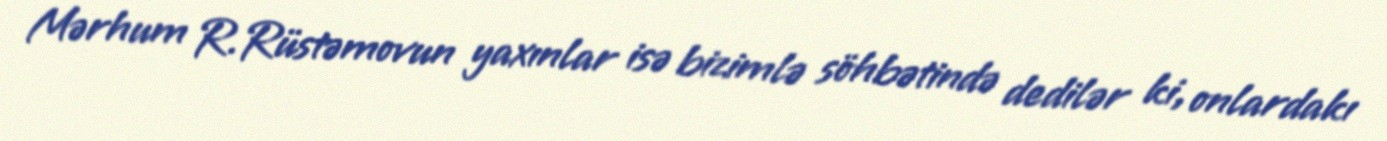
Mərhum R.Rüstəmovun yaxınlar isə bizimlə söhbətində dedilər ki, onlardakı